65_HS1-834228961_62-HQ-83894_Serial_130
Agency: FBI
Page 100
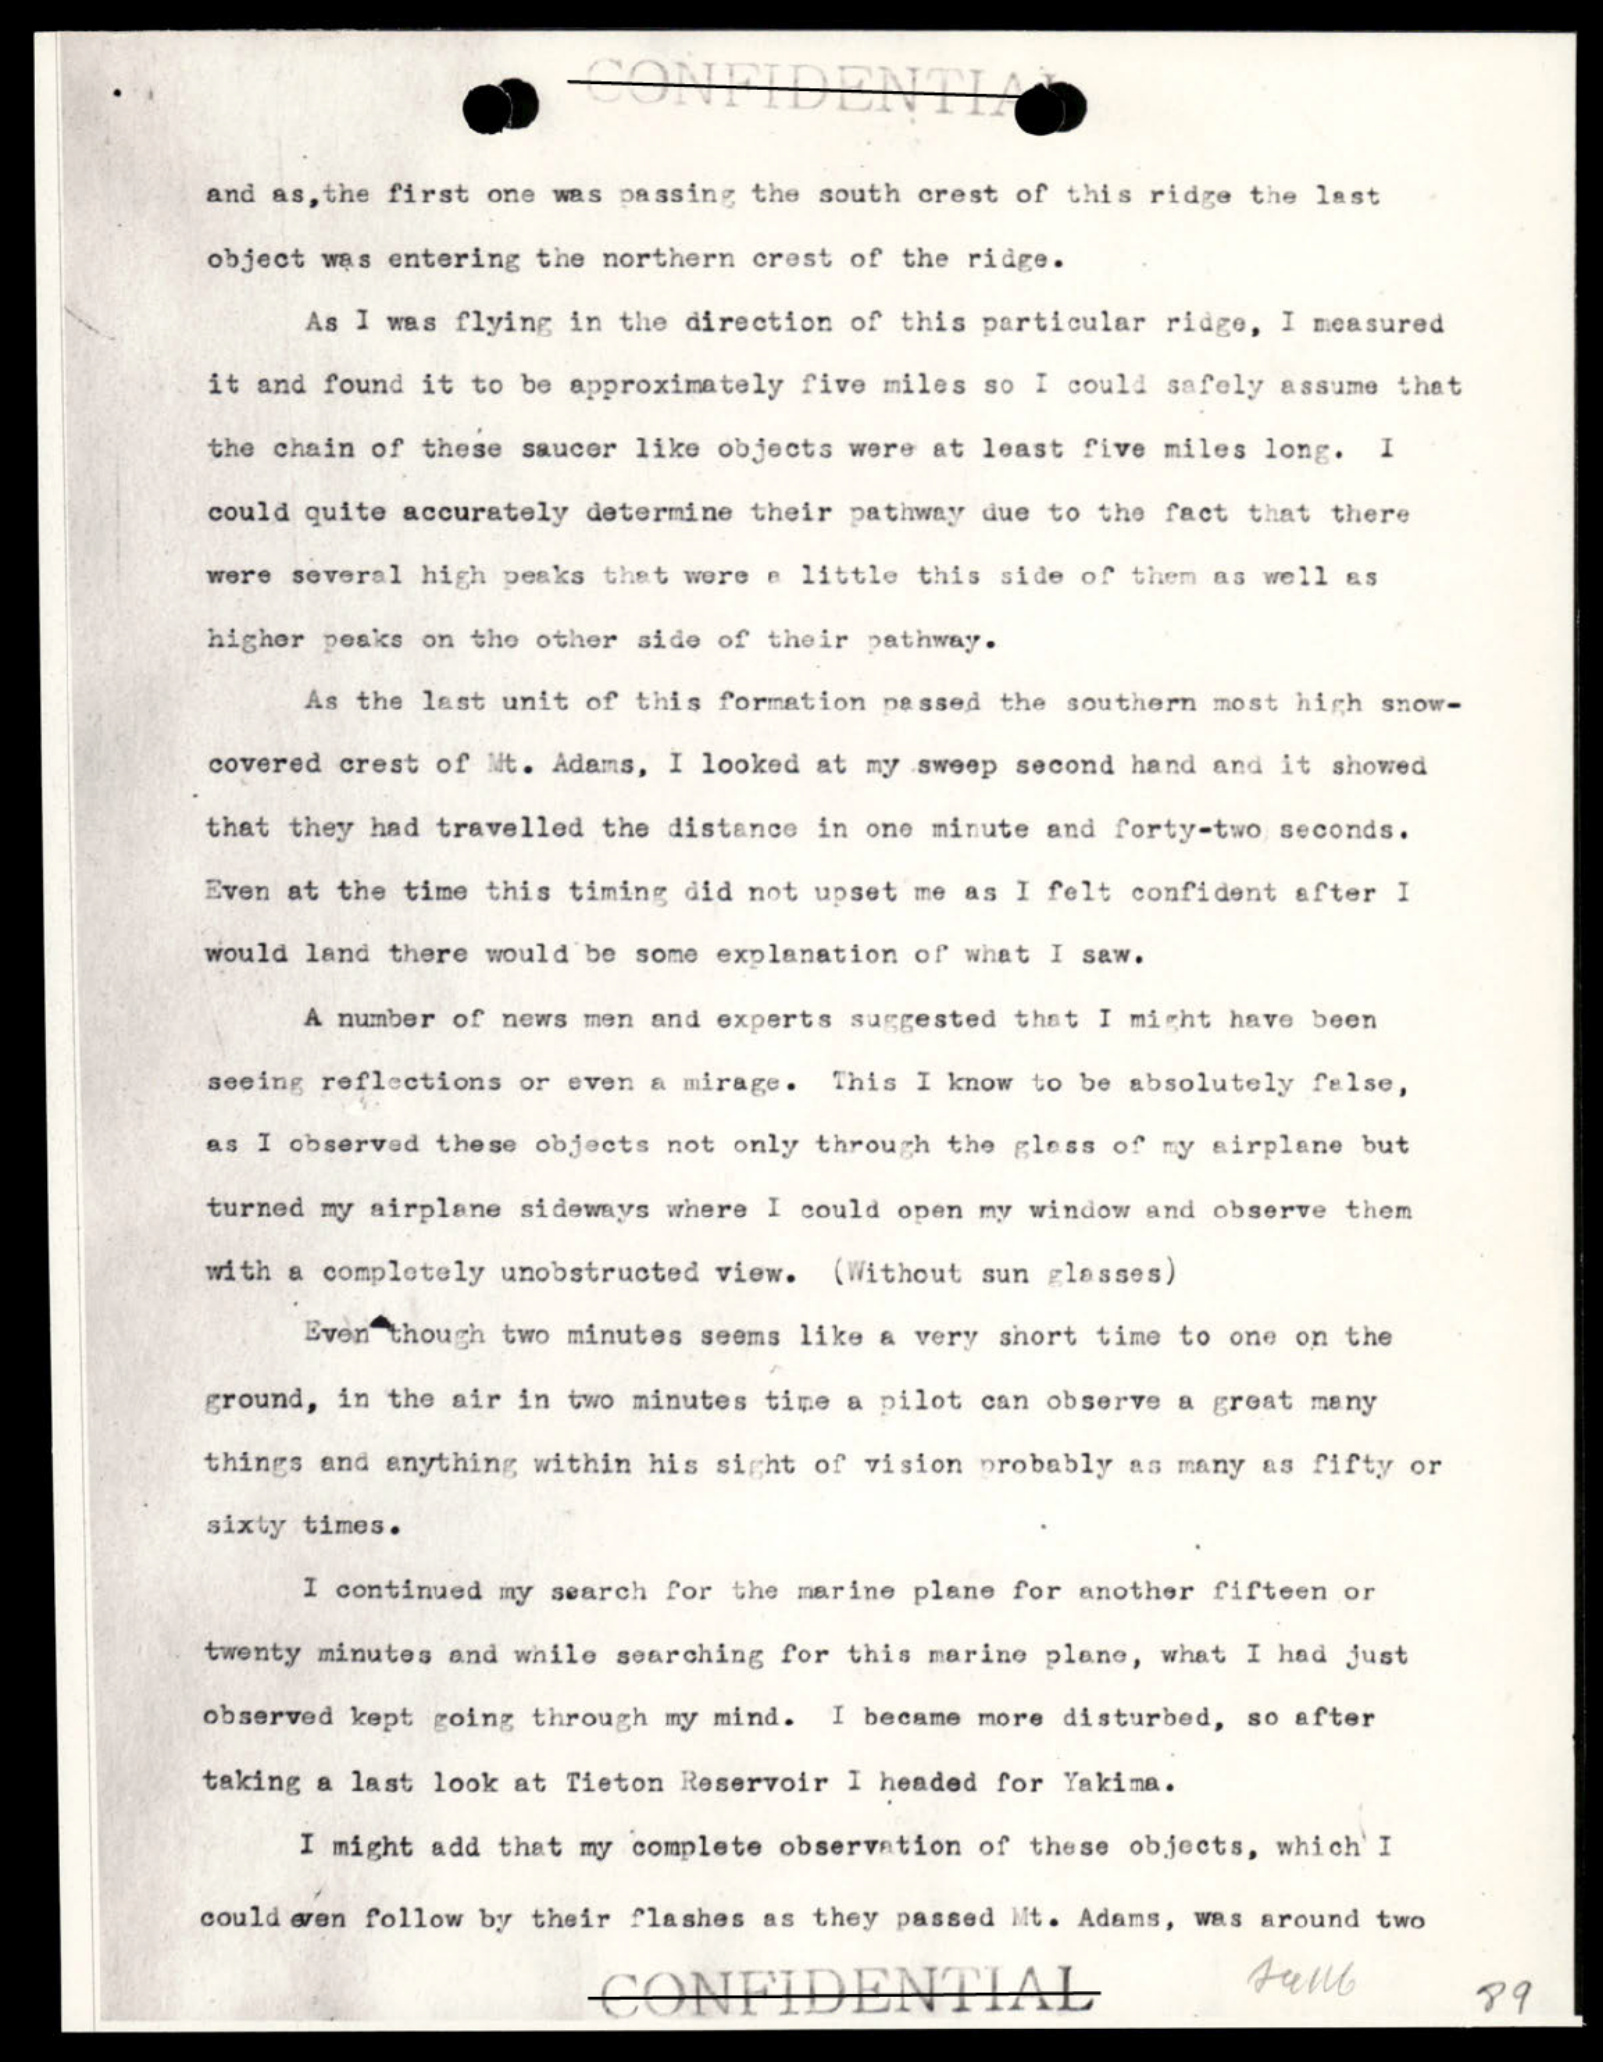